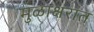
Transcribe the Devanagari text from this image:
मुळाक्षरांत